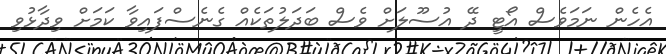
އެހެން ނަމަވެސް އޯޓީ ދޭ އުސޫލަށް ވެސް ބަދަލުތަކެއް ގެނެސްފައިވާ ކަމަށް ވިދާޅުވި